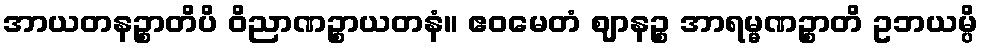
အာယတနဉ္စာတိပိ ဝိညာဏဉ္စာယတနံ။ ဧဝမေတံ ဈာနဉ္စ အာရမ္မဏဉ္စာတိ ဥဘယမ္ပိ